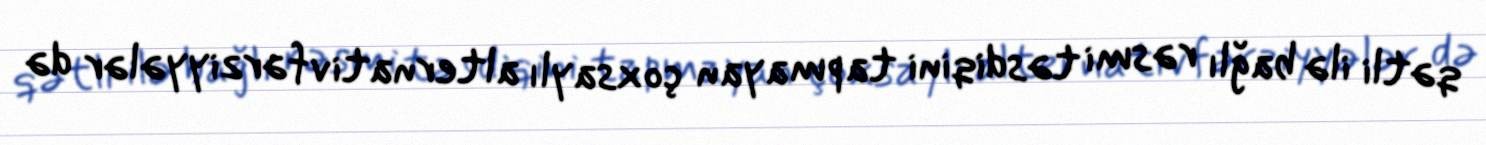
qətli ilə bağlı rəsmi təsdiqini tapmayan çoxsaylı alternativ fərziyyələr də